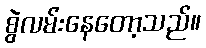
စွဲလမ်းနေတော့သည်။